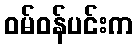
ဝမ်ဝန်ပင်းက